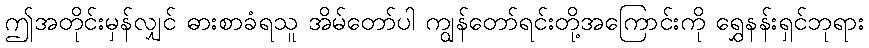
ဤအတိုင်းမှန်လျှင် ဓားစာခံရသူ အိမ်တော်ပါ ကျွန်တော်ရင်းတို့အကြောင်းကို ရွှေနန်းရှင်ဘုရား